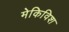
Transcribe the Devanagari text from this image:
मेकिविश